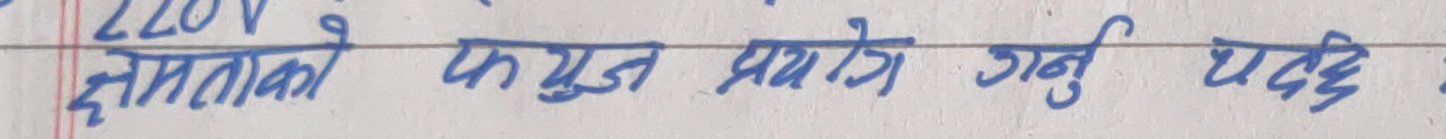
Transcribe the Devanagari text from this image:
क्षमताको फ्युज प्रयोग गर्नु पर्दछ